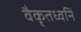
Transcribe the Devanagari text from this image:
वैकृतध्वनि